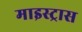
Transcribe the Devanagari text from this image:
माइस्ट्रास